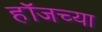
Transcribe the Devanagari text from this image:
हॉजच्या